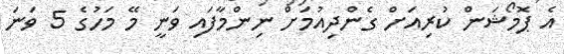
އެ ޕޮމޯޝަން ކުރިއަށް ގެންދިއުމަށް ނިންމާފައި ވަނީ މޭ މަހުގެ 5 ވަނަ